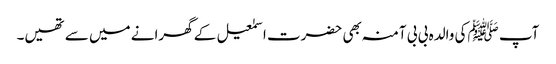
آپ ﷺکی والدہ بی بی آمنہ بھی حضرت اسمٰعیل کے گھرانے میں سے تھیں۔